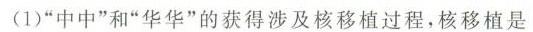
(1)”中中”和”华华”的获得涉及核移植过程，核移植是